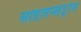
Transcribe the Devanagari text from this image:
साइलन्सेट्रोन